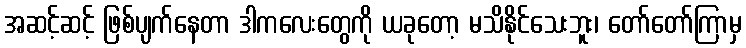
အဆင့်ဆင့် ဖြစ်ပျက်နေတာ ဒါကလေးတွေကို ယခုတော့ မသိနိုင်သေးဘူး၊ တော်တော်ကြာမှ